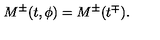
M ^ { \pm } ( t , \phi ) = M ^ { \pm } ( t ^ { \mp } ) .